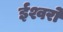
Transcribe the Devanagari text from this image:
ईश्वरो